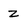
Character: Z